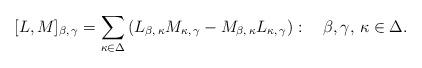
LaTeX: \begin{align*}[L,M]_{\beta,\,\gamma} =\sum_{\kappa\in\Delta}\left(L_{\beta,\,\kappa} M_{\kappa,\,\gamma}-M_{\beta,\,\kappa} L_{\kappa,\,\gamma}\right): \quad \beta, \gamma,\,\kappa\in\Delta.\end{align*}